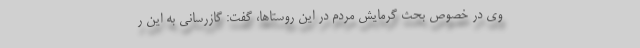
وی در خصوص بحث گرمایش مردم در این روستاها، گفت: گازرسانی به این ر